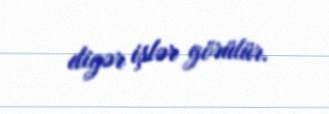
digər işlər görülür.